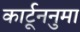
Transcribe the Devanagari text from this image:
कार्टूननुमा